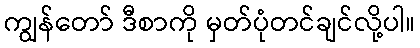
ကျွန်တော် ဒီစာကို မှတ်ပုံတင်ချင်လို့ပါ။